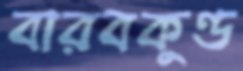
বারবকুণ্ড